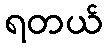
ရတယ်